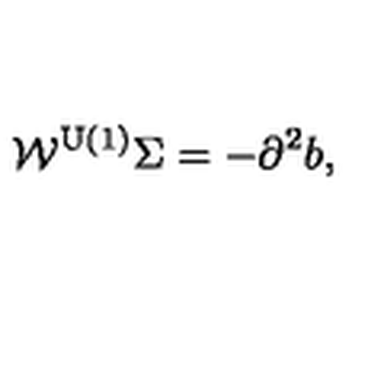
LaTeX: \mathcal { W } ^ { \mathrm { U ( 1 ) } } \Sigma = - \partial ^ { 2 } b ,